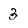
Character: 3